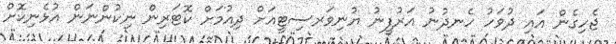
ޖެހިގެން އައި ދުވަހު ހެނދުނު އަރުފީނު ޔުނިވަރސިޓީއަށް ދިއުމަށް ކޮޓަރިން ނިކުންނަން އުޅެނިކޮށް